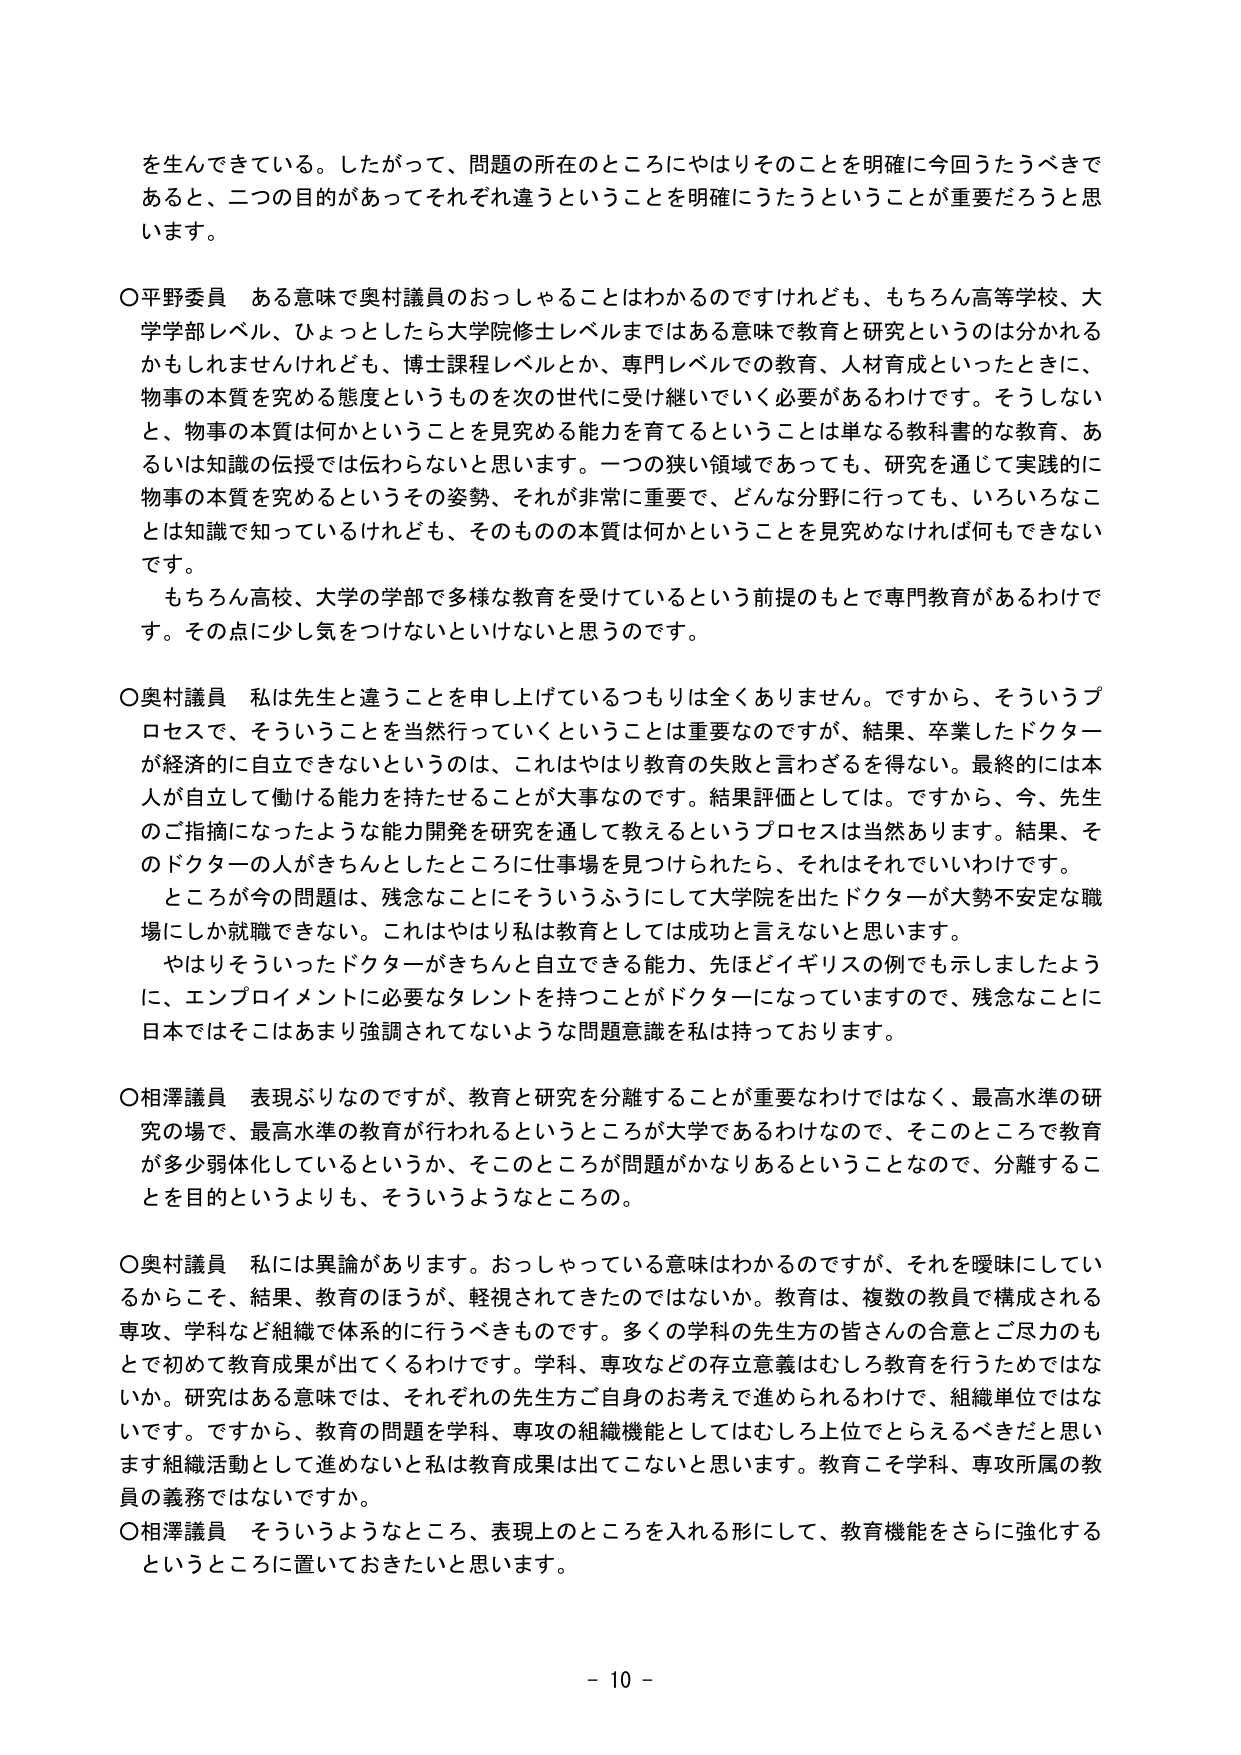
を生んできている。したがって、問題の所在のところにやはりそのことを明確に今回うたうべきであると、二つの目的があってそれぞれ違うということを明確にうたうということが重要だろうと思います。

○平野委員　ある意味で奥村議員のおっしゃることはわかるのですけれども、もちろん高等学校、大学学部レベル、ひょっとしたら大学院修士レベルまではある意味で教育と研究というのは分かれるかもしれませんが、博士課程レベルとか、専門レベルでの教育、人材育成といったときに、物事の本質を究める態度というものを次の世代に受け継いでいく必要があるわけです。そうしないと、物事の本質は何かということを見究める能力を育てることは単なる教科書的な教育、あるいは知識の伝授では伝わらないと思います。一つの狭い領域であっても、研究を通じて実践的に物事の本質を究めるというその姿勢、それが非常に重要で、どんな分野に行っても、いろいろなことは知識で知っているけれども、そのものの本質は何かということを見究めなければ何もできないです。

　もちろん高校、大学の学部で多様な教育を受けているという前提のもとで専門教育があるわけです。その点に少し気をつけないといけないと思うのです。

○奥村議員　私は先生と違うことを申し上げているつもりは全くありません。ですから、そういうプロセスで、そういうことを当然行っていくということは重要なのですが、結果、卒業したドクターが経済的に自立できないというのは、これはやはり教育の失敗と言わざるを得ない。最終的には本人が自立して働ける能力を持たせることが大事なのです。結果評価としては。ですから、今、先生のご指摘になったような能力開発を研究を通じて教えるというプロセスは当然あります。結果、そのドクターの人がきちんとしたところに仕事場を見つけられたら、それはそれでいいわけです。

　ところが今の問題は、残念なことにそういうふうにして大学院を出たドクターが大勢不安定な職場にしか就職できない。これはやはり私は教育としては成功と言えないと思います。

　やはりそういったドクターがきちんと自立できる能力、先ほどイギリスの例でも示しましたように、エンプロイメントに必要なタレントを持つことがドクターになっていますので、残念なことに日本ではそこはあまり強調されてないような問題意識を私は持っておりります。

○相澤議員　表現ぶりなのですが、教育と研究を分離することが重要なわけではなく、最高水準の研究の場で、最高水準の教育が行われるというところが大学であるわけなので、そこのところで教育が多少弱体化しているというか、そこのところが問題がかなりあるということなので、分離することを目的というよりも、そういうようなところの。

○奥村議員　私には異論があります。おっしゃっている意味はわかるのですが、それを曖昧にしていくからこそ、結果、教育のほうが、軽視されてきたのではないでしょうか。教育は、複数の教員で構成される専攻、学科など組織で体系的に行うべきものです。多くの学科の先生方の皆さんの合意とご尽力のもとで初めて教育成果が出てくるわけです。学科、専攻などの存在意義はむしろ教育を行うためではないか。研究はある意味では、それぞれの先生方ご自身のお考えで進められるわけで、組織単位ではないです。ですから、教育の問題を学科、専攻の組織機能としてはむしろ上位でとらえるべきだと思います。組織活動として進めないと私は教育成果は出てこないと思います。教育こそ学科、専攻所属の教員の義務ではないですか。

○相澤議員　そういうようなところ、表現上のところを入れる形にして、教育機能をさらに強化するというところに置いておきたいと思います。

- 10 -